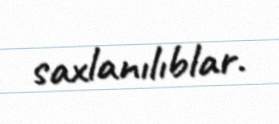
saxlanılıblar.